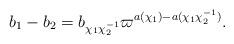
LaTeX: \begin{align*}b_1-b_2 = b_{\chi_1\chi_2^{-1}}\varpi^{a(\chi_1)-a(\chi_1\chi_2^{-1})}. \end{align*}